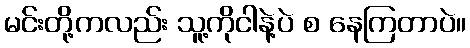
မင်းတို့ကလည်း သူ့ကိုငါနဲ့ပဲ စ နေကြတာပဲ။